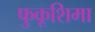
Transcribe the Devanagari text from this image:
फुकूशिमा